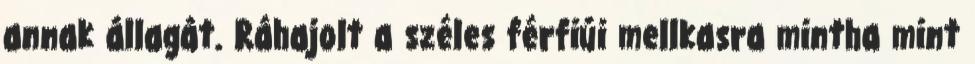
annak állagát. Ráhajolt a széles férfiúi mellkasra mintha mint